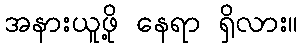
အနားယူဖို့ နေရာ ရှိလား။